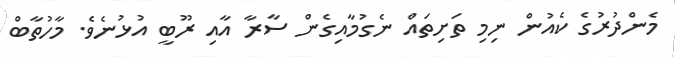
މެންދުރުގެ ކެއުން ނިމި ތަށިތައް ނެގުމާއިގެން ސާރާ އާއި ރޫބީ އުޅުނެވެ. މާހުތާބް